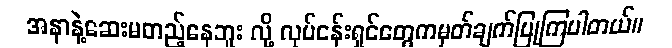
အနာနဲ့ဆေးမတည့်နေဘူး လို့ လုပ်ငန်းရှင်တွေကမှတ်ချက်ပြုကြပါတယ်။